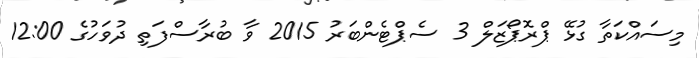
މިސައްކަތާ ގުޅޭ ޕްރޮޕޯޒަލް 3 ސެޕްޓެންބަރު 2015 ވާ ބުރާސްފަތި ދުވަހުގެ 12:00